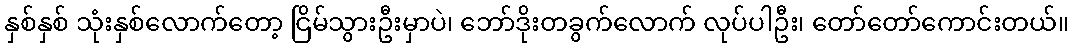
နှစ်နှစ် သုံးနှစ်လောက်တော့ ငြိမ်သွားဦးမှာပဲ၊ ဘော်ဒိုးတခွက်လောက် လုပ်ပါဦး၊ တော်တော်ကောင်းတယ်။